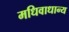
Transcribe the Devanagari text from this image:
मधिवाधान्य